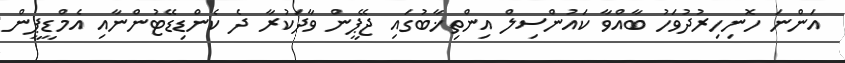
އަންނަ ހޮނިހިރުދުވަހު ބާއްވާ ކައުންސިލް އިންތިޚާބުގައި ޖޭޕީން ވާދަކުރާ ދެ ކެންޑިޑޭޓުންނާއި އެމްޑީޕީން